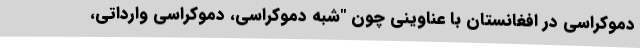
دموکراسی در افغانستان با عناوینی چون "شبه دموکراسی، دموکراسی وارداتی،